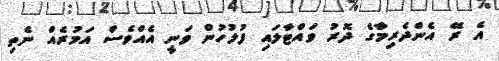
އެ ރޭ އެންދެރިމާގެ ދޮރު ވައްޓާލައި ފުލުހުން ވަނީ އެއްވެސް އަމުރެއް ނެތި